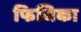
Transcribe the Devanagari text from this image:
फिजिका